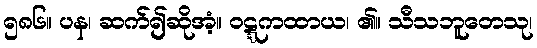
၅၈၆။ ပန၊ ဆက်၍ဆိုအံ့။ ဝဋ္ဋကထာယ၊ ၏။ သီသဘူတေသု၊